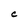
Character: C